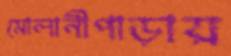
মোলানীপাড়ায়